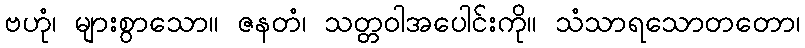
ဗဟုံ၊ များစွာသော။ ဇနတံ၊ သတ္တဝါအပေါင်းကို။ သံသာရသောတတော၊